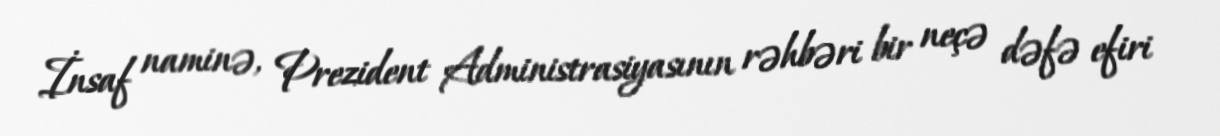
İnsaf naminə, Prezident Administrasiyasının rəhbəri bir neçə dəfə efiri